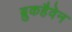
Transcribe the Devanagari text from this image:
ब्रुकहैवेन